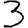
Digit: 3